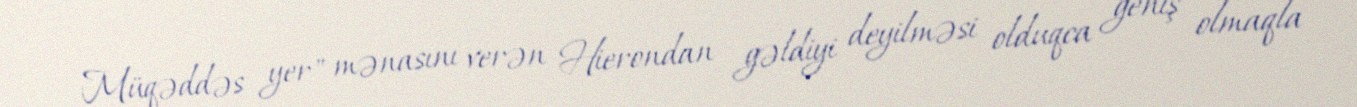
Müqəddəs yer" mənasını verən Hierondan gəldiyi deyilməsi olduqca geniş olmaqla